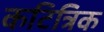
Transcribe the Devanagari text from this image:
कटित्रिक